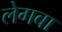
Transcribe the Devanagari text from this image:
लेगबा